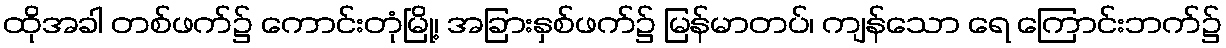
ထိုအခါ တစ်ဖက်၌ ကောင်းတုံမြို့၊ အခြားနှစ်ဖက်၌ မြန်မာတပ်၊ ကျန်သော ရေ ကြောင်းဘက်၌